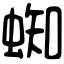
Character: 蜘